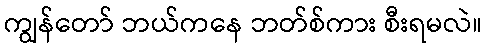
ကျွန်တော် ဘယ်ကနေ ဘတ်စ်ကား စီးရမလဲ။